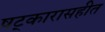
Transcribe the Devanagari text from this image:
षट्कारासहीत